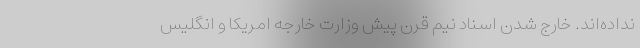
نداده‌اند. خارج شدن اسناد نيم قرن پيش وزارت خارجه امريكا و انگليس